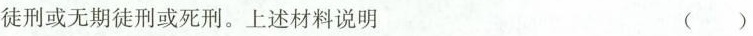
徒刑或无期徒刑或死刑。上述材料说明